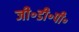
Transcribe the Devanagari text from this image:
जी॰डी॰पी॰